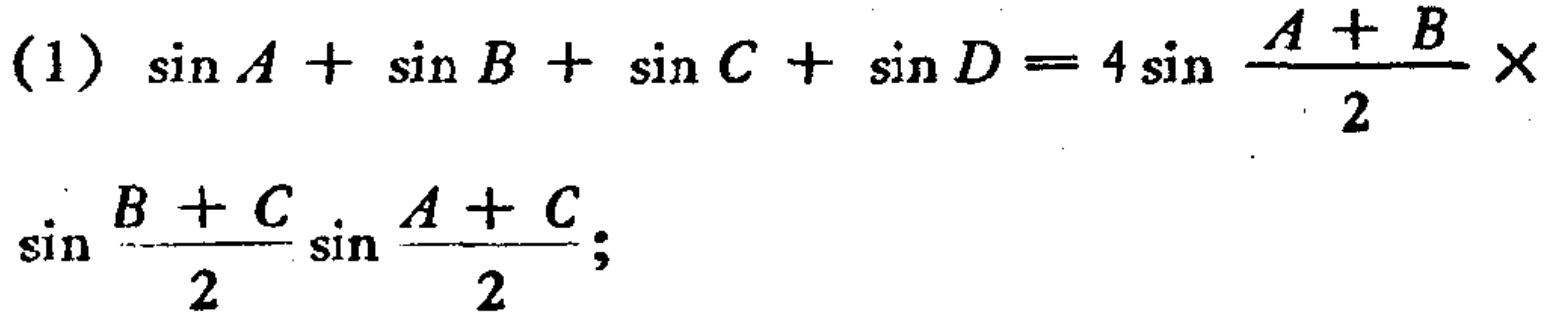
(1) \(\sin A+\sin B+\sin C+\sin D = 4\sin\frac{A + B}{2}\times\sin\frac{B + C}{2}\sin\frac{A + C}{2}\);